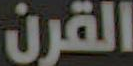
القرن